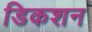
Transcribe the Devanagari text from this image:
डिकशन